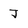
Character: J